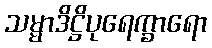
သမ္မာဒိဋ္ဌိပုရေက္ခာရော